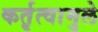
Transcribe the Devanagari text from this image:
कर्तृत्वामुले